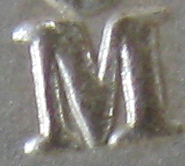
M